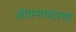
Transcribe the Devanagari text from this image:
जीवनवादाचा